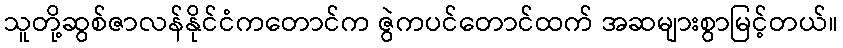
သူတို့ဆွစ်ဇာလန်နိုင်ငံကတောင်က ဇွဲကပင်တောင်ထက် အဆများစွာမြင့်တယ်။